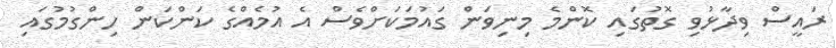
ރައީސް ވިދާޅުވި ގޮތުގައި ކޮންމެ މިނިވަން ގައުމަކަށްވެސް އެ އުމެއްގެ ކަންކަން ހިންގުމުގައި